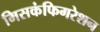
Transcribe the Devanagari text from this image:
मिसकंफिगरेशन